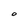
Character: O